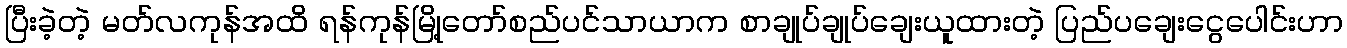
ပြီးခဲ့တဲ့ မတ်လကုန်အထိ ရန်ကုန်မြို့တော်စည်ပင်သာယာက စာချုပ်ချုပ်ချေးယူထားတဲ့ ပြည်ပချေးငွေပေါင်းဟာ